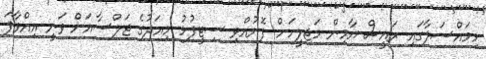
މިމައްސަލާގައި ރައީސް ޔާމިން މަޖިލީހަށް ފޮނުއްވި ސިޓީފުޅު މިއަދުގެ ޖަލްސާއަށް ވަނީ އިއްވާފަ